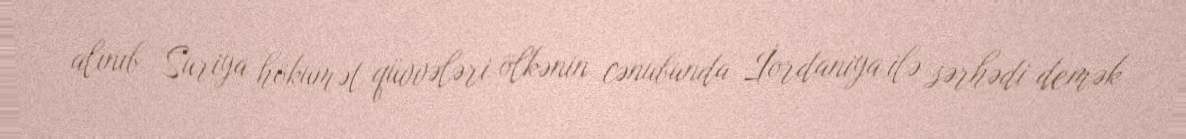
alınıb Suriya hökumət qüvvələri ölkənin cənubunda İordaniya ilə sərhədi demək